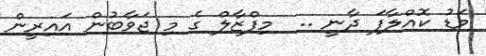
މަޑު ކޮއްލާފަ ދާނީ ..  މިފްޒާލް ގެ މި ޖަވާބުން އައިރީން